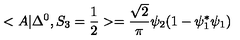
< A | \Delta ^ { 0 } , S _ { 3 } = \frac { 1 } { 2 } > = \frac { \sqrt { 2 } } { \pi } \psi _ { 2 } ( 1 - \psi _ { 1 } ^ { * } \psi _ { 1 } )